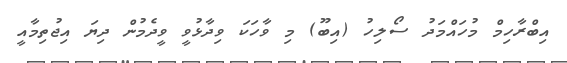
އިބްރާހިމް މުހައްމަދު ސޯލިހު (އިބޫ) މި ވާހަކަ ވިދާޅުވީ ވީދެމުން ދިޔަ އިޖުތިމާއީ